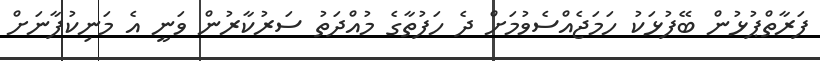
ފަރާތްޕުޅުން ބޭފުޅަކު ހަމަޖެއްސެވުމަށް ދެ ހަފުތާގެ މުއްދަތު ސަރުކާރުން ވަނީ އެ މަނިކުފާނަށް